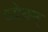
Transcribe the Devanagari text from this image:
ध्येयम्‌